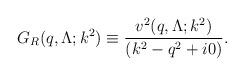
LaTeX: \begin{align*}G_R(q,\Lambda;k^2) \equiv \frac{v^2(q,\Lambda ;k^2)} {(k^2-q^2+i0)}.\end{align*}